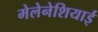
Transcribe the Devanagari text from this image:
मेलेनेशियाई